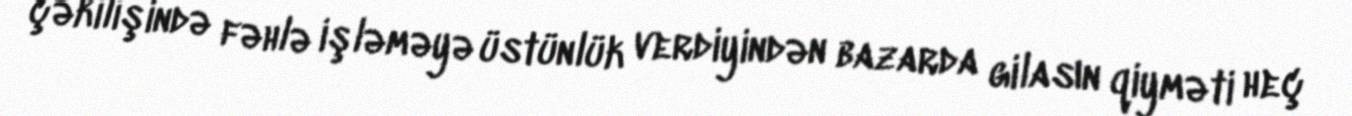
çəkilişində fəhlə işləməyə üstünlük verdiyindən bazarda gilasın qiyməti heç